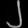
Digit: ၂